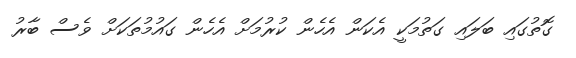
ގޮތުގައި ބަލައި ގަތުމަކީ އެކަން އެހެން ކުރުމަށް އެހެން ގައުމުތަކަށް ވެސް ބާރު